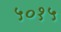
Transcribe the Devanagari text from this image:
५०१५